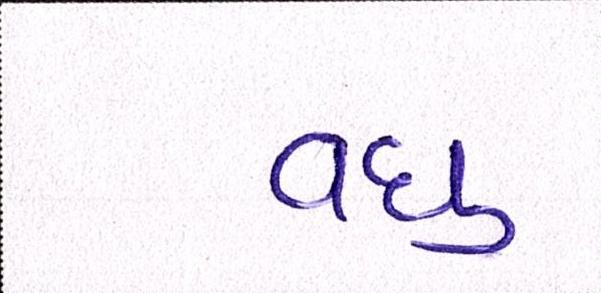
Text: વધુ